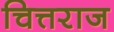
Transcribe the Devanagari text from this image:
चित्तराज